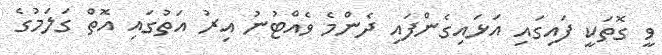
ވީ ގޮތަކީ ފައިގައި އަޅައިގެންފައި ދެންމެ ވެއްޓުނު އިރު އަތުގައި އޮތް ގަލަމުގެ